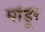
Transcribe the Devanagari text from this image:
पांडूर